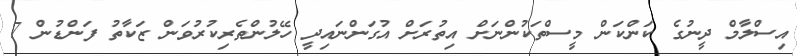
އިސްލާމް ދީނުގެ ކަންކަން މީސްތަކުންނަށް އިތުރަށް އުގަންނައިދީ ހޭލުންތެރިކުރުވަން ޒަކާތު ފަންޑުން 7